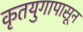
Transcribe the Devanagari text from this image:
कृतयुगापासून